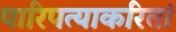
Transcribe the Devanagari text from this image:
पारिपत्याकरितां